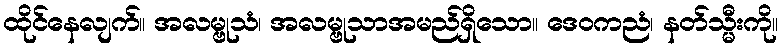
ထိုင်နေလျက်။ အလမ္ဗုသံ၊ အလမ္ဗုသာအမည်ရှိသော။ ဒေဝကညံ၊ နတ်သ္မီးကို။